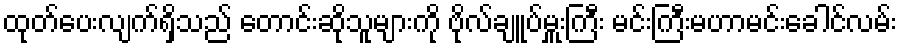
ထုတ်ပေးလျက်ရှိသည် တောင်းဆိုသူများကို ဗိုလ်ချူပ်မှူးကြီး မင်းကြီးမဟာမင်းခေါင်လမ်း